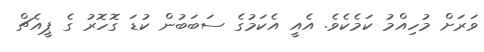
ވަރަށް މުހިއްމު ކަމެކެވެ. އެއީ އެކަމުގެ ސަބަބުން ކުޑަ ގޮހޮރު ގެ ޕީއެޗް